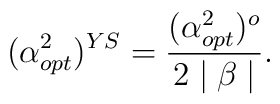
(\alpha^{2}_{opt})^{YS}=\frac{(\alpha^{2}_{opt})^{o}}{2\mid\beta\mid}.